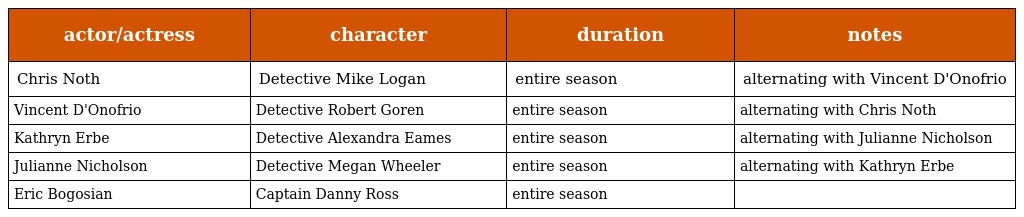
| actor/actress | character | duration | notes |
 | --- | --- | --- | --- |
 | Chris Noth | Detective Mike Logan | entire season | alternating with Vincent D'Onofrio |
 | Vincent D'Onofrio | Detective Robert Goren | entire season | alternating with Chris Noth |
 | Kathryn Erbe | Detective Alexandra Eames | entire season | alternating with Julianne Nicholson |
 | Julianne Nicholson | Detective Megan Wheeler | entire season | alternating with Kathryn Erbe |
 | Eric Bogosian | Captain Danny Ross | entire season |  |